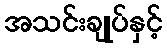
အသင်းချုပ်နှင့်